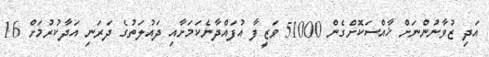
އަދި ޒުވާނުންނަށް ޚާއްސަކޮށްގެން 51000 ވަޒީފާ އުފައްދާނެކަމަށާއި ދައުލަތުގެ ދަރަނި އަދާކުރުމަށް 16